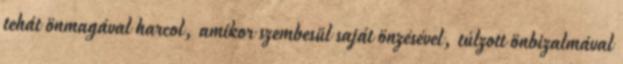
tehát önmagával harcol, amikor szembesül saját önzésével, túlzott önbizalmával